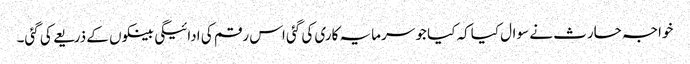
خواجہ حارث نے سوال کیاکہ کیا جو سرمایہ کاری کی گئی اس رقم کی ادائیگی بینکوں کے ذریعے کی گئی۔